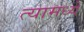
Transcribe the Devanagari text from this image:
त्यामध्यें